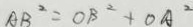
A B ^ { 2 } = O B ^ { 2 } + O A ^ { 2 }